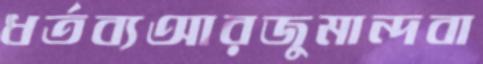
ধর্তব্যআরজুমান্দবা